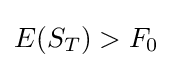
E(S_{T})>F_{0}